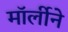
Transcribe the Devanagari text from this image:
मॉर्लीने